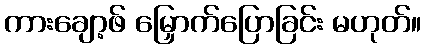
ကားချော့ဖ် မြှောက်ပြောခြင်း မဟုတ်။